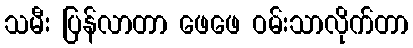
သမီး ပြန်လာတာ ဖေဖေ ဝမ်းသာလိုက်တာ